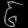
Digit: ၆